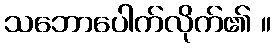
သဘောပေါက်လိုက်၏ ။